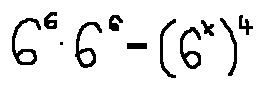
6 ^ { 6 } \cdot 6 ^ { 2 } = ( 6 ^ { x } ) ^ { 4 }